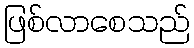
ဖြစ်လာစေသည်